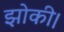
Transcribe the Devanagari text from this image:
झोकी।